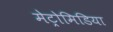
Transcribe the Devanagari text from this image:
मेट्रोमिडिया